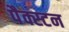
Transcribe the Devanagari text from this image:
पैक्स्टन